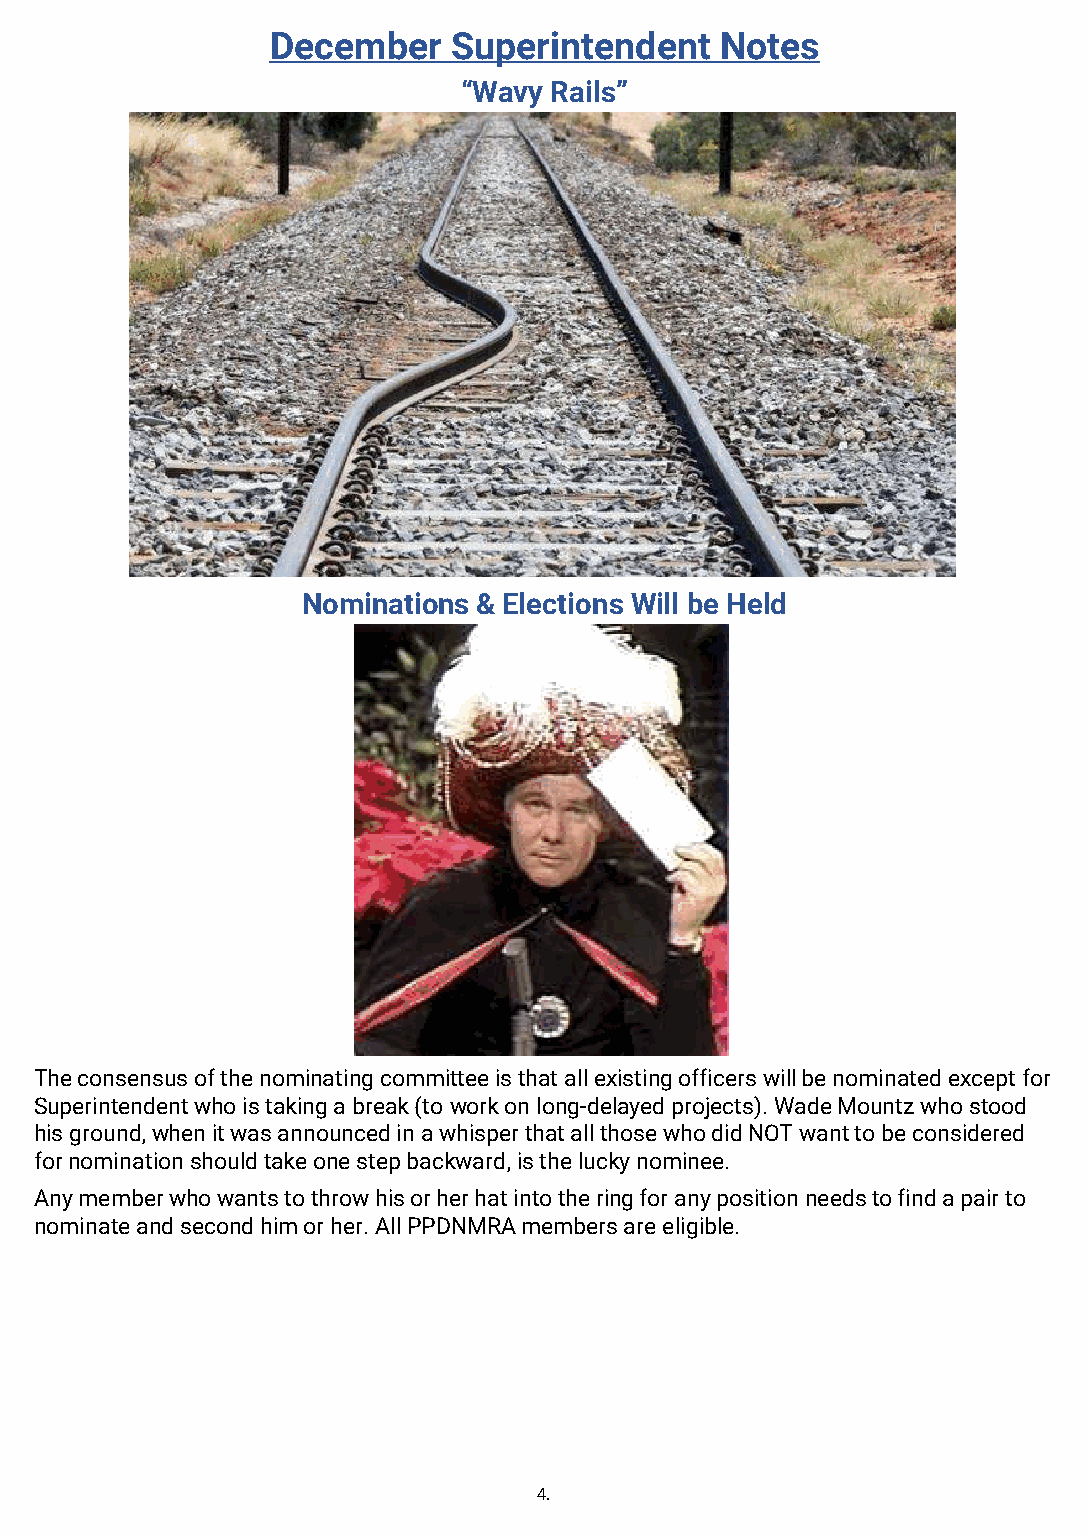
December    Superintendent    Notes
 “Wavy Rails”
 Nominations & Elections Will be Held
 The consensus of the nominating committee is that all existing officers will be nominated except for
 Superintendent who is taking a break (to work on long-delayed projects). Wade Mountz who stood
 his ground, when it was announced in a whisper that all those who did NOT want to be considered
 for nomination should take one step backward, is the lucky nominee.
 Any member who wants to throw his or her hat into the ring for any position needs to find a pair to
 nominate and second him or her. All PPDNMRA members are eligible.
 4.